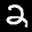
Label: 2